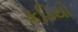
કડિયો